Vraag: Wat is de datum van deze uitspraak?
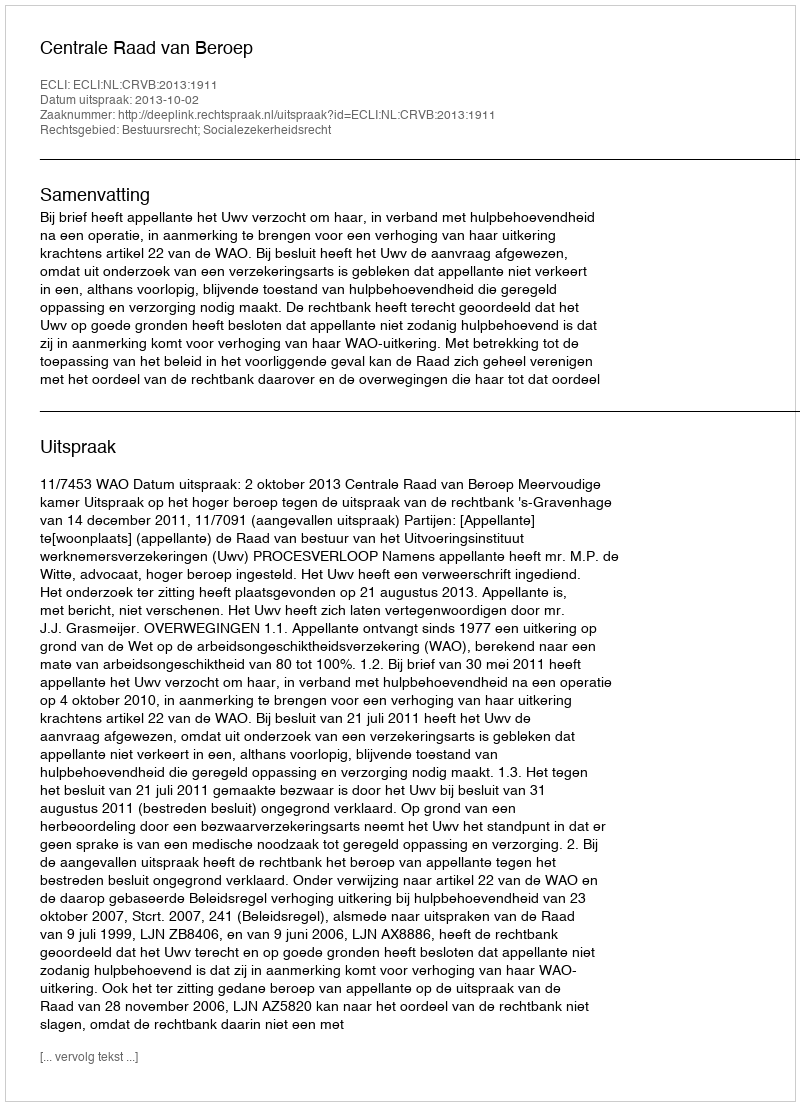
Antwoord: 2013-10-02